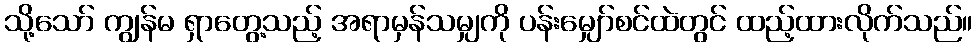
သို့သော် ကျွန်မ ရှာတွေ့သည့် အရာမှန်သမျှကို ပန်းမျှော်စင်ထဲတွင် ထည့်ထားလိုက်သည်။